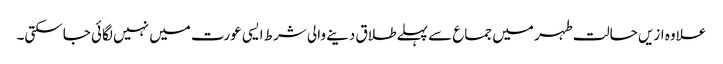
علاوہ ازیں حالت طہر میں جماع سے پہلےطلاق دینے والی شرط ایسی عورت میں نہیں لگائی جاسکتی۔